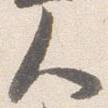
人